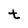
Character: t